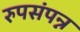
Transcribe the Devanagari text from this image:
रुपसंपन्न